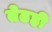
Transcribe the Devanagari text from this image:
तेढही